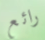
رائع